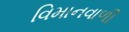
વિમાનવાળી